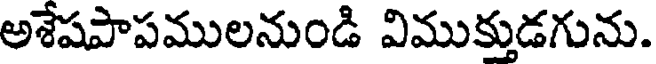
అశేషపాపములనుండి విముక్తుడగును.